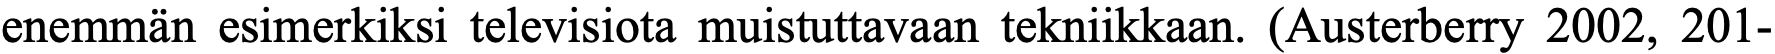
enemmän esimerkiksi televisiota muistuttavaan tekniikkaan. (Austerberry 2002, 201-